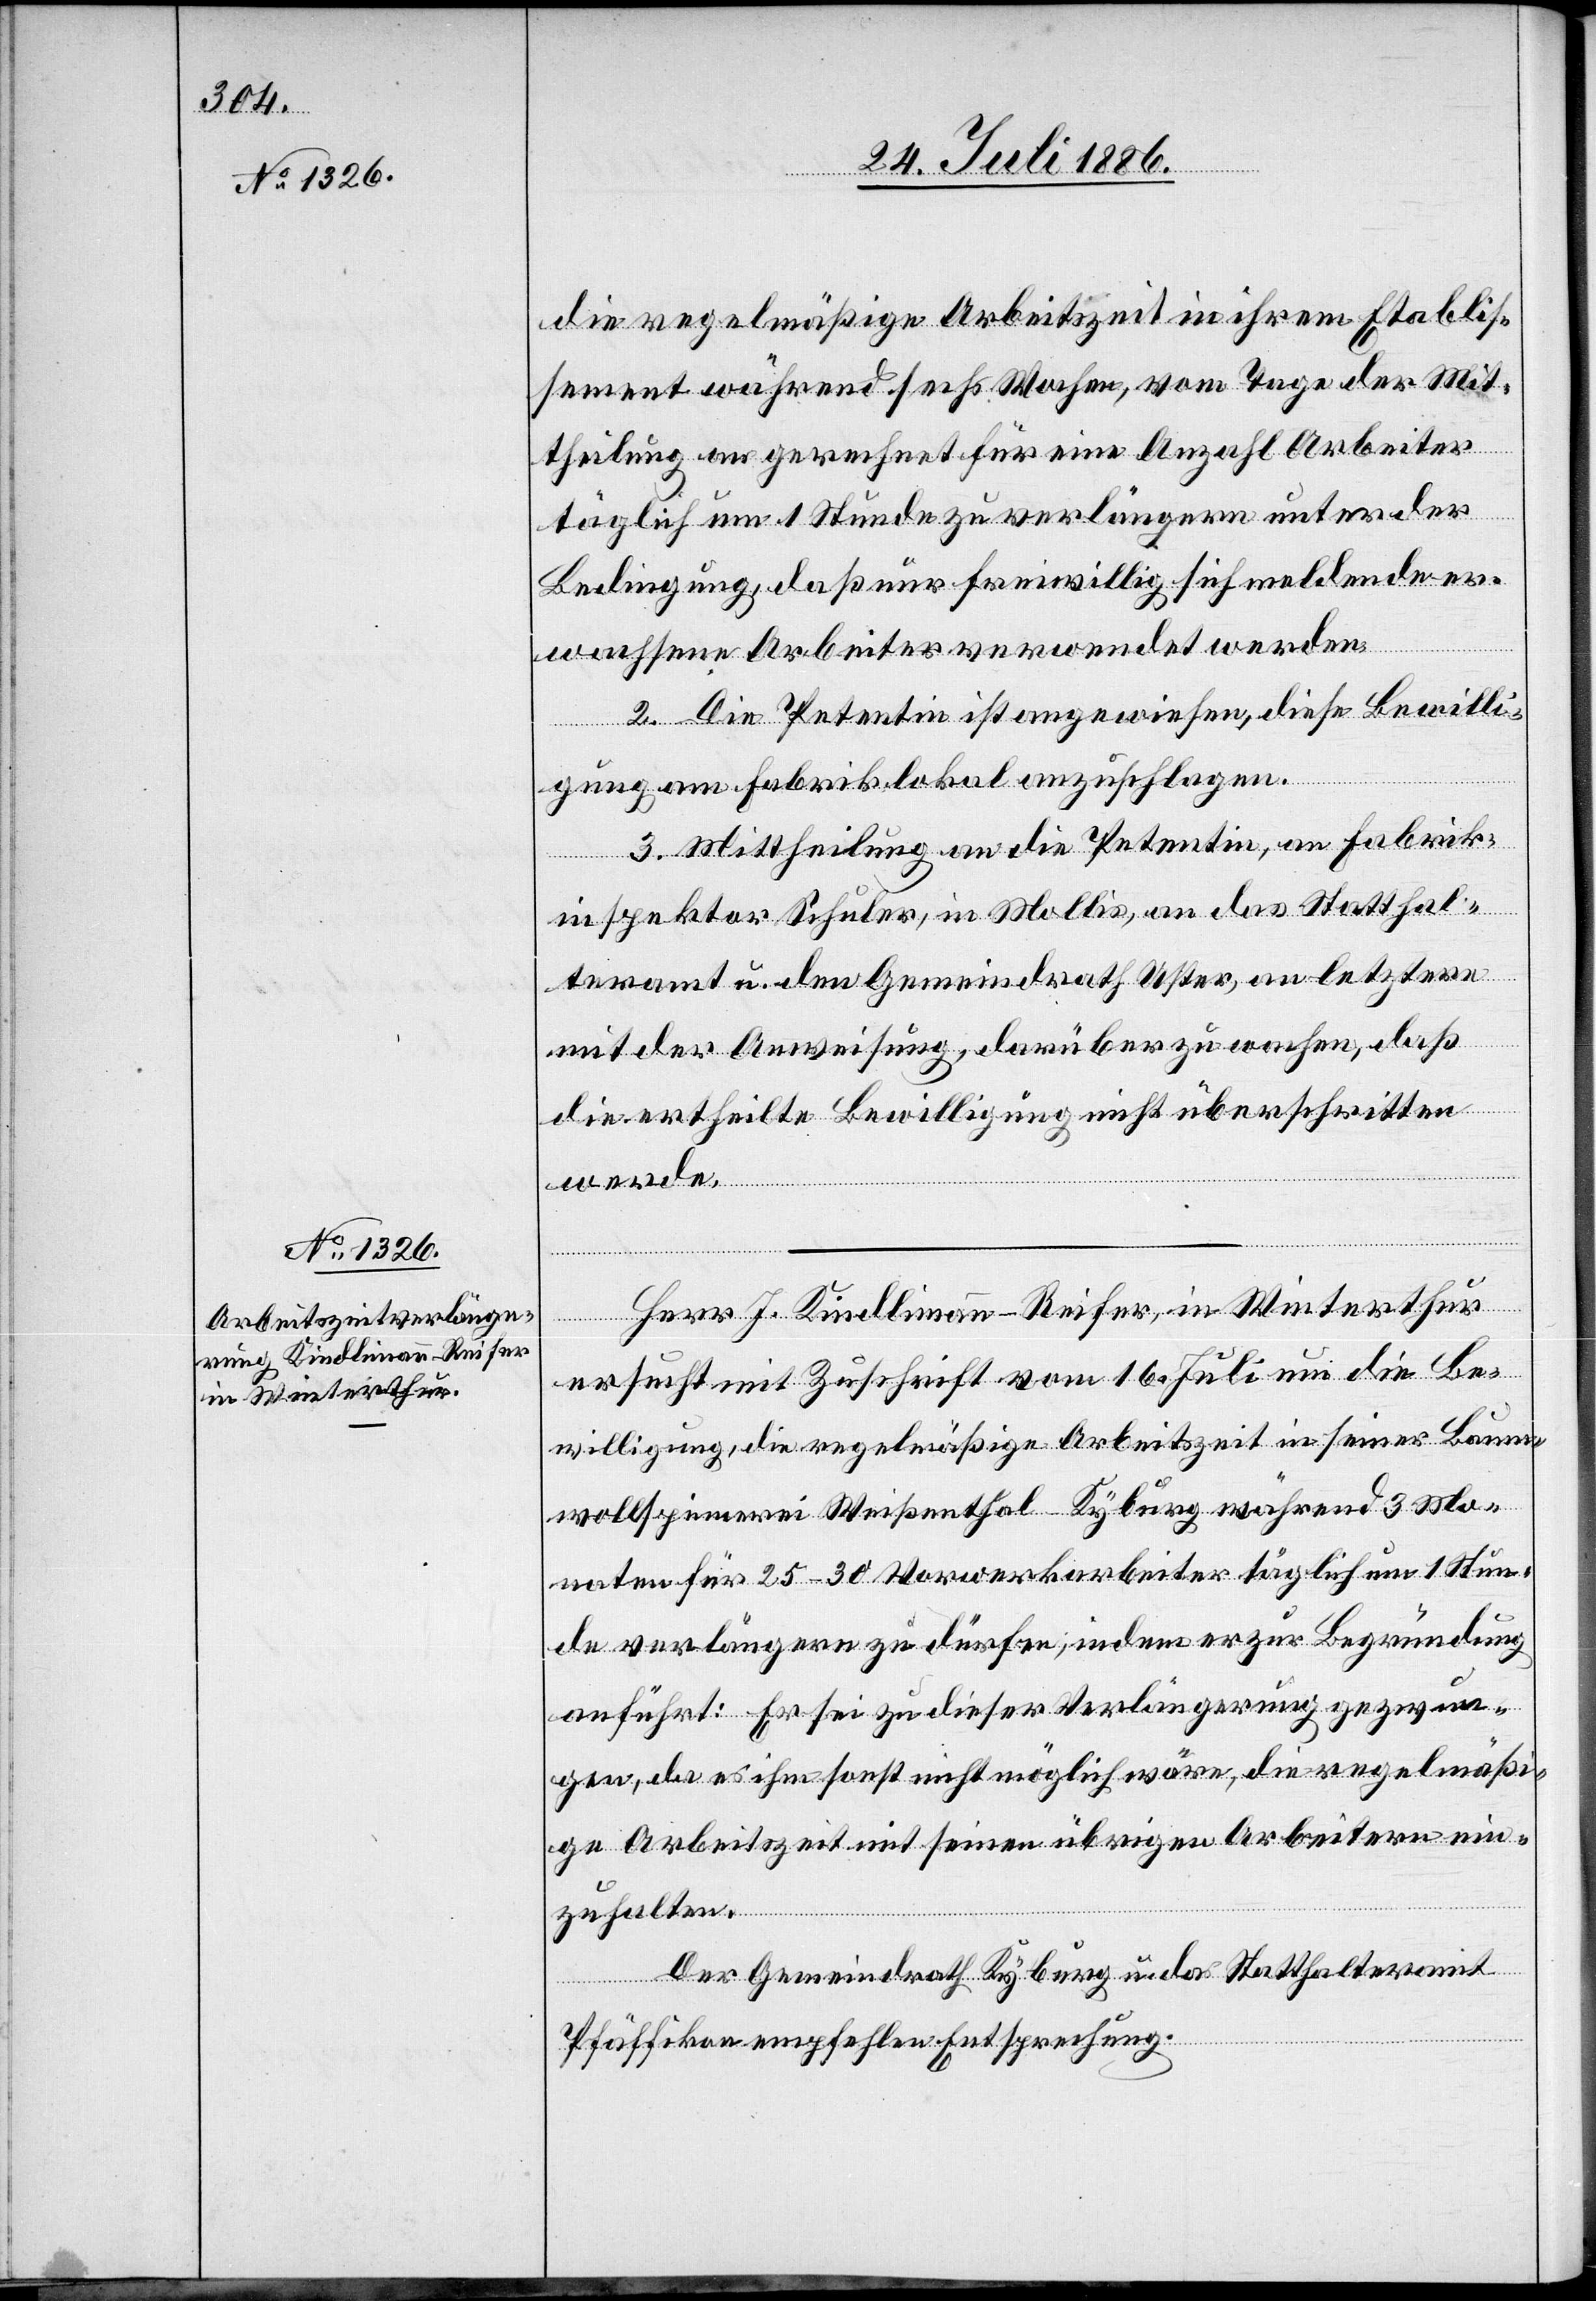
die regelmäßige Arbeitszeit in ihrem Etablis¬
sement während sechs Wochen, vom Tage der Mit¬
theilung an gerechnet für eine Anzahl Arbeiter
täglich um 1 Stunde zu verlängern unter der
Bedingung, daß nur freiwillig sich meldende er¬
wachsene Arbeiter verwendet werden.
2. Die Petentin ist angewiesen, diese Bewilli¬
gung am Fabriklokal anzuschlagen.
3. Mittheilung an die Petentin, an Fabrik¬
inspektor Schuler, in Mollis, an das Statthal¬
teramt u. den Gemeindrath Uster, an letztere
mit der Anweisung, darüber zu wachen, daß
die ertheilte Bewilligung nicht überschritten
werde.
Herr J. Kindlimann-Reifer, in Winterthur
ersucht mit Zuschrift vom 16. Juli um die Be¬
willigung, die regelmäßige Arbeitszeit in seiner Baum¬
wollspinnerei Weißenthal - Kyburg während 3 Mo¬
naten für 25–30 Vorwerksarbeiter täglich um 1 Stun¬
de verlängern zu dürfen, indem er zur Begründung
anführt: Er sei zu dieser Verlängerung gezwun¬
gen, da es ihm sonst nicht möglich wäre, die regelmäßi¬
ge Arbeitszeit mit seinen übrigen Arbeitern ein¬
zuhalten.
Der Gemeindrath Kyburg u. das Statthalteramt
Pfäffikon empfehlen Entsprechung.